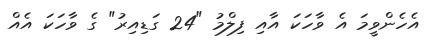
އެހެންވީމަ އެ ވާހަކަ އާއި ފިލްމު "24 ގަޑިއިރު" ގެ ވާހަކަ އެއް